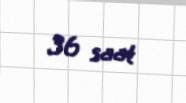
36 saat